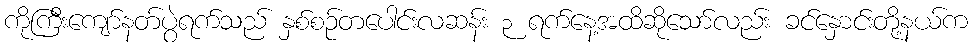
ကိုကြီးကျော်နတ်ပွဲရက်သည် နှစ်စဉ်တပေါင်းလဆန်း ၃ ရက်နေ့အထိဆိုသော်လည်း ခင်နှောင်းတို့နယ်က